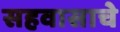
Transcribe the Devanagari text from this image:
सहवासाचे